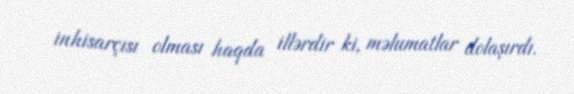
inhisarçısı olması haqda illərdir ki, məlumatlar dolaşırdı.